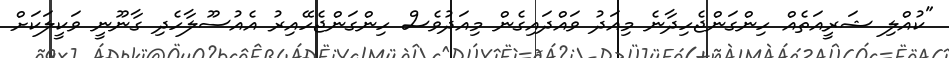
"ކުއްލި ޝަރީއަތެއް ހިންގަންޖެހިދާނެ މިއަދު ވައްދައިގެން މިއަދުވެސް ހިންގަންޖެހޭއިރު އެއުސޫލާހެދި ގާނޫނީ ވަކީލަކަށް